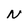
Character: N